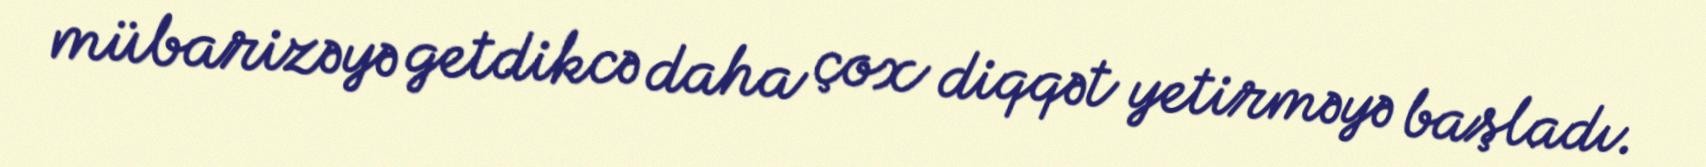
mübarizəyə getdikcə daha çox diqqət yetirməyə başladı.